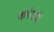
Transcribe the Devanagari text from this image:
कर्यरामों